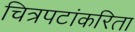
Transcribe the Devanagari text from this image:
चित्रपटांकरिता